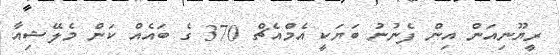
ރީޔޫނިއަން އިން ފެނުނު ބަޔަކީ އެމްއެޗް 370 ގެ ބައެއް ކަން މެލޭޝިއާ